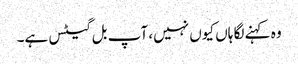
وہ کہنے لگا ہاں کیوں نہیں، آپ بل گیٹس ہے۔